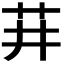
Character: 𬜣